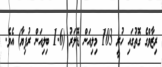
ރިޒާވްގެ ގޮތުގައި ހުރީ 103 މިލިއަން ޑޮލަރު (1.6 ބިލިއަން ރުފިޔާ) އެވެ.